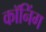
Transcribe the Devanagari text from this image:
कॉनिंग